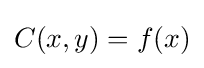
C(x,y)=f(x)